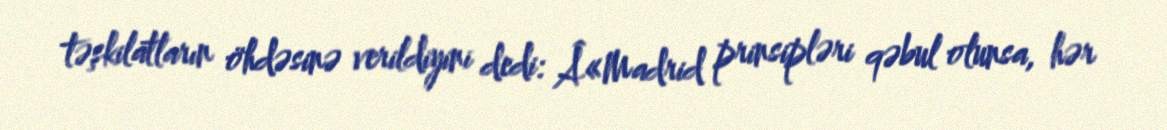
təşkilatların öhdəsinə verildiyini dedi: Â«Madrid prinsipləri qəbul olunsa, hər